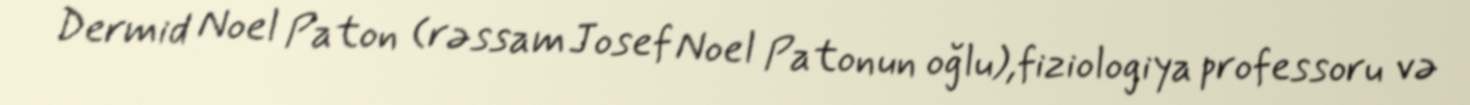
Dermid Noel Paton (rəssam Josef Noel Patonun oğlu),fiziologiya professoru və